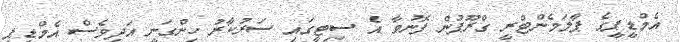
އެމްޑީޕީގެ ޕާލަމެންޓްރީ ގްރޫޕުން ފޮނުވާ އެ ސިޓީގައި ސަރުކާރު ހިންގަނީ އަދިވެސް އެމްޑީޕީ